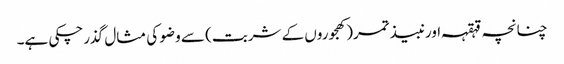
چنانچہ قہقہہ اورنبیذ تمر(کھجوروں کے شربت) سے وضو کی مثال گذرچکی ہے۔